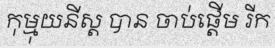
កុម្មុយនីស្ត បាន ចាប់ផ្តើម រីក